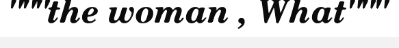
"""the woman , What"""